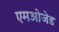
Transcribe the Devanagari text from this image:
एमओजेड